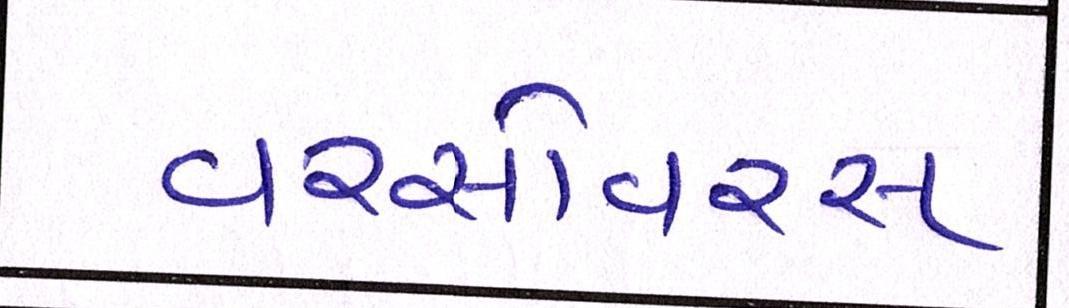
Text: વરસોવરસ